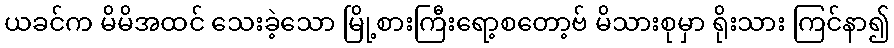
ယခင်က မိမိအထင် သေးခဲ့သော မြို့စားကြီးရော့စတော့ဗ် မိသားစုမှာ ရိုးသား ကြင်နာ၍